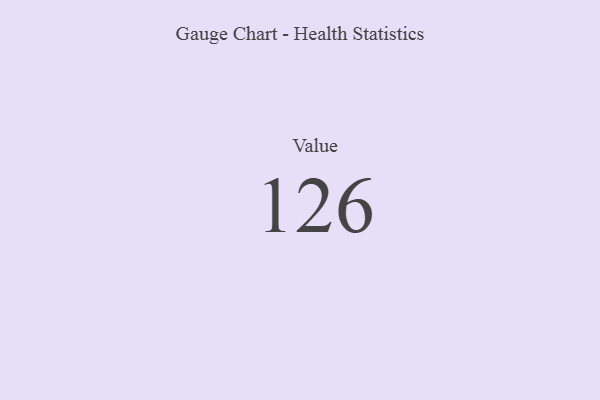
{"axis": {"x": "Metric", "y": "Value"}, "legend": [""], "data": [{"x": "Value", "y": 126, "type": ""}]}